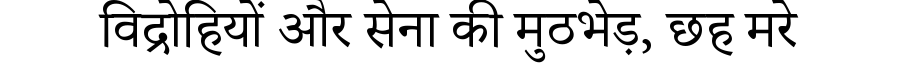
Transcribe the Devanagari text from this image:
विद्रोहियों और सेना की मुठभेड़, छह मरे